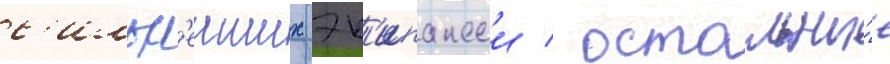
с'ильн'еиших эк'ипажеи / остальны́е